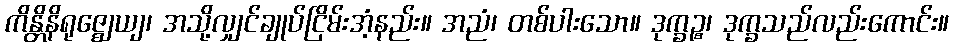
ကိန္တိနိရုဇ္ဈေယျ၊ အသို့လျှင်ချုပ်ငြိမ်းအံ့နည်း။ အညံ၊ တစ်ပါးသော။ ဒုက္ခဉ္စ၊ ဒုက္ခသည်လည်းကောင်း။